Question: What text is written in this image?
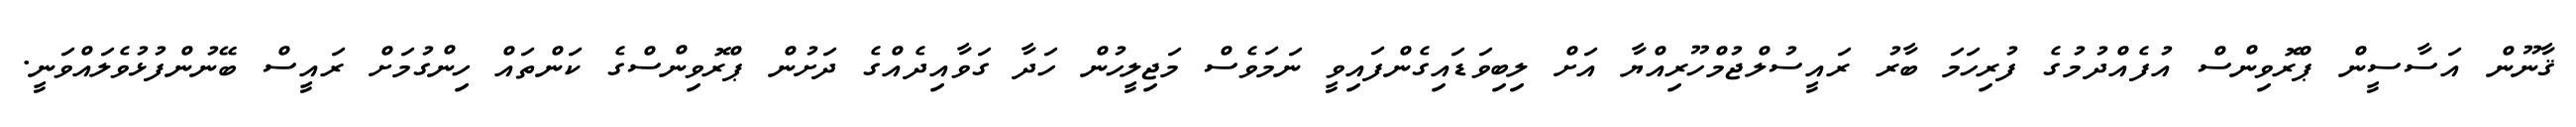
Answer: ޤާނޫން އަސާސީން ޕްރޮވިންސް އުފެއްދުމުގެ ފުރިހަމަ ބާރު ރައީސުލްޖުމްހޫރިއްޔާ އަށް ލިބިވަޑައިގެންފައިވީ ނަމަވެސް މަޖިލީހުން ހަދާ ގަވާއިދެއްގެ ދަށުން ޕްރޮވިންސްގެ ކަންތައް ހިންގުމަށް ރައީސް ބޭނުންފުޅުވެލައްވަނީ.